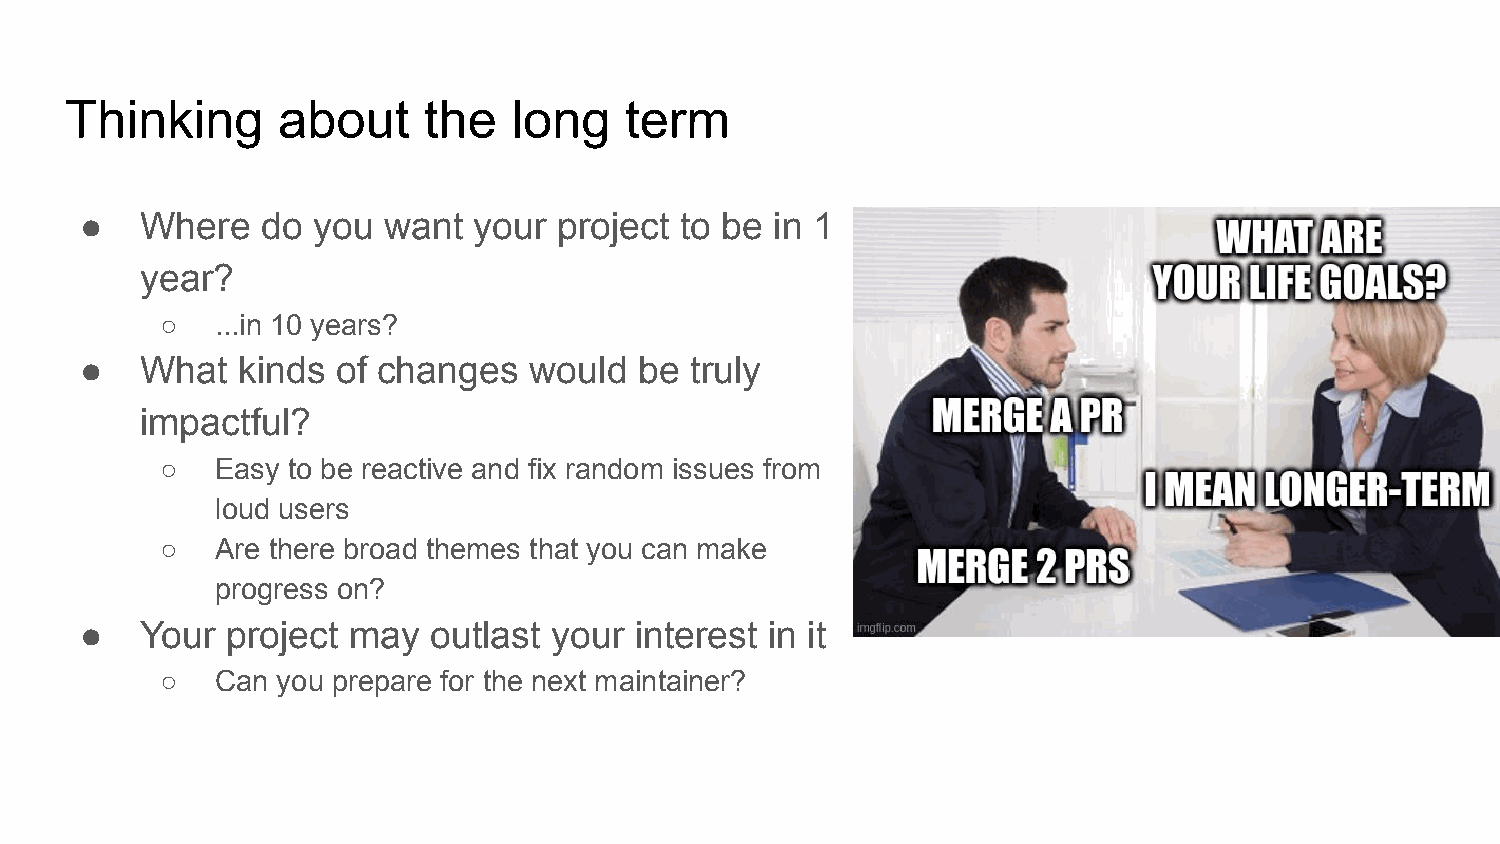
Thinking      about     the   long   term
 ●   Where   do  you want  your  project to be in 1
 year?
 ○  ...in 10 years?
 ●   What   kinds of changes   would  be  truly
 impactful?
 ○  Easy to be reactive and fix random issues from
 loud users
 ○  Are there broad themes that you can make
 progress on?
 ●   Your  project may  outlast your  interest in it
 ○  Can you prepare for the next maintainer?